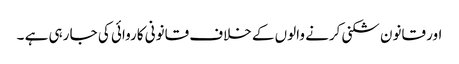
اور قانون شکنی کرنے والوں کے خلاف قانونی کاروائی کی جا رہی ہے ۔